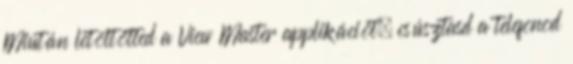
Miután letöltötted a View Master applikációt, csúsztasd a telefonod